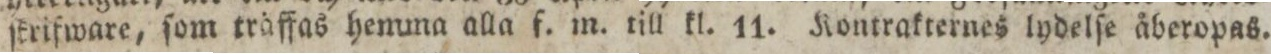
ſtrifware, ſom träffas henuna alla f. m. till kl. 11. Kontrakternes lydelſe åberopas.